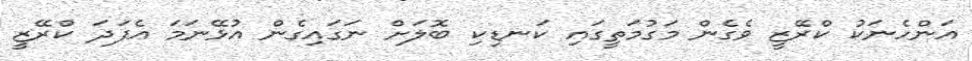
އަންހެނަކު ކްރޭޒީ ވެގެން މަގުމަތީގައި ކަނޑިކި ބޮލަށް ނަގައިގެން އުޅޭނަމަ އެފަަދަ ކްރޭޒީ